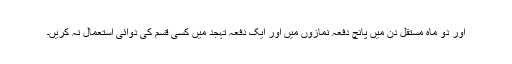
اور دو ماہ مستقل دن میں پانچ دفعہ نمازوں میں اور ایک دفعہ تہجد میں کسی قسم کی دوائی استعمال نہ کریں۔